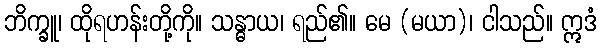
ဘိက္ခူ၊ ထိုရဟန်းတို့ကို။ သန္ဓာယ၊ ရည်၏။ မေ (မယာ)၊ ငါသည်။ ဣဒံ